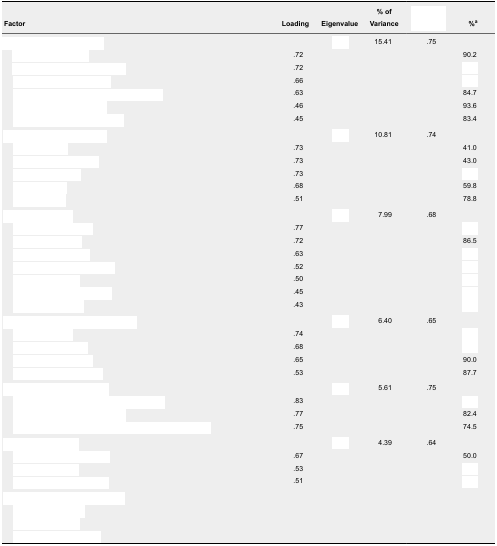
<table><thead><tr><td><b>Factor</b></td><td><b>Loading</b></td><td><b>Eigenvalue</b></td><td><b>% of Variance</b></td><td>[EMPTY_CELL]</td><td><b>%<sup>a</sup></b></td></tr></thead><tbody><tr><td>[EMPTY_CELL]</td><td>[EMPTY_CELL]</td><td>[EMPTY_CELL]</td><td>15.41</td><td>.75</td><td>[EMPTY_CELL]</td></tr><tr><td>[EMPTY_CELL]</td><td>.72</td><td>[EMPTY_CELL]</td><td>[EMPTY_CELL]</td><td>[EMPTY_CELL]</td><td>90.2</td></tr><tr><td>[EMPTY_CELL]</td><td>.72</td><td>[EMPTY_CELL]</td><td>[EMPTY_CELL]</td><td>[EMPTY_CELL]</td><td>[EMPTY_CELL]</td></tr><tr><td>[EMPTY_CELL]</td><td>.66</td><td>[EMPTY_CELL]</td><td>[EMPTY_CELL]</td><td>[EMPTY_CELL]</td><td>[EMPTY_CELL]</td></tr><tr><td>[EMPTY_CELL]</td><td>.63</td><td>[EMPTY_CELL]</td><td>[EMPTY_CELL]</td><td>[EMPTY_CELL]</td><td>84.7</td></tr><tr><td>[EMPTY_CELL]</td><td>.46</td><td>[EMPTY_CELL]</td><td>[EMPTY_CELL]</td><td>[EMPTY_CELL]</td><td>93.6</td></tr><tr><td>[EMPTY_CELL]</td><td>.45</td><td>[EMPTY_CELL]</td><td>[EMPTY_CELL]</td><td>[EMPTY_CELL]</td><td>83.4</td></tr><tr><td>[EMPTY_CELL]</td><td>[EMPTY_CELL]</td><td>[EMPTY_CELL]</td><td>10.81</td><td>.74</td><td>[EMPTY_CELL]</td></tr><tr><td>[EMPTY_CELL]</td><td>.73</td><td>[EMPTY_CELL]</td><td>[EMPTY_CELL]</td><td>[EMPTY_CELL]</td><td>41.0</td></tr><tr><td>[EMPTY_CELL]</td><td>.73</td><td>[EMPTY_CELL]</td><td>[EMPTY_CELL]</td><td>[EMPTY_CELL]</td><td>43.0</td></tr><tr><td>[EMPTY_CELL]</td><td>.73</td><td>[EMPTY_CELL]</td><td>[EMPTY_CELL]</td><td>[EMPTY_CELL]</td><td>[EMPTY_CELL]</td></tr><tr><td>[EMPTY_CELL]</td><td>.68</td><td>[EMPTY_CELL]</td><td>[EMPTY_CELL]</td><td>[EMPTY_CELL]</td><td>59.8</td></tr><tr><td>[EMPTY_CELL]</td><td>.51</td><td>[EMPTY_CELL]</td><td>[EMPTY_CELL]</td><td>[EMPTY_CELL]</td><td>78.8</td></tr><tr><td>[EMPTY_CELL]</td><td>[EMPTY_CELL]</td><td>[EMPTY_CELL]</td><td>7.99</td><td>.68</td><td>[EMPTY_CELL]</td></tr><tr><td>[EMPTY_CELL]</td><td>.77</td><td>[EMPTY_CELL]</td><td>[EMPTY_CELL]</td><td>[EMPTY_CELL]</td><td>[EMPTY_CELL]</td></tr><tr><td>[EMPTY_CELL]</td><td>.72</td><td>[EMPTY_CELL]</td><td>[EMPTY_CELL]</td><td>[EMPTY_CELL]</td><td>86.5</td></tr><tr><td>[EMPTY_CELL]</td><td>.63</td><td>[EMPTY_CELL]</td><td>[EMPTY_CELL]</td><td>[EMPTY_CELL]</td><td>[EMPTY_CELL]</td></tr><tr><td>[EMPTY_CELL]</td><td>.52</td><td>[EMPTY_CELL]</td><td>[EMPTY_CELL]</td><td>[EMPTY_CELL]</td><td>[EMPTY_CELL]</td></tr><tr><td>[EMPTY_CELL]</td><td>.50</td><td>[EMPTY_CELL]</td><td>[EMPTY_CELL]</td><td>[EMPTY_CELL]</td><td>[EMPTY_CELL]</td></tr><tr><td>[EMPTY_CELL]</td><td>.45</td><td>[EMPTY_CELL]</td><td>[EMPTY_CELL]</td><td>[EMPTY_CELL]</td><td>[EMPTY_CELL]</td></tr><tr><td>[EMPTY_CELL]</td><td>.43</td><td>[EMPTY_CELL]</td><td>[EMPTY_CELL]</td><td>[EMPTY_CELL]</td><td>[EMPTY_CELL]</td></tr><tr><td>[EMPTY_CELL]</td><td>[EMPTY_CELL]</td><td>[EMPTY_CELL]</td><td>6.40</td><td>.65</td><td>[EMPTY_CELL]</td></tr><tr><td>[EMPTY_CELL]</td><td>.74</td><td>[EMPTY_CELL]</td><td>[EMPTY_CELL]</td><td>[EMPTY_CELL]</td><td>[EMPTY_CELL]</td></tr><tr><td>[EMPTY_CELL]</td><td>.68</td><td>[EMPTY_CELL]</td><td>[EMPTY_CELL]</td><td>[EMPTY_CELL]</td><td>[EMPTY_CELL]</td></tr><tr><td>[EMPTY_CELL]</td><td>.65</td><td>[EMPTY_CELL]</td><td>[EMPTY_CELL]</td><td>[EMPTY_CELL]</td><td>90.0</td></tr><tr><td>[EMPTY_CELL]</td><td>.53</td><td>[EMPTY_CELL]</td><td>[EMPTY_CELL]</td><td>[EMPTY_CELL]</td><td>87.7</td></tr><tr><td>[EMPTY_CELL]</td><td>[EMPTY_CELL]</td><td>[EMPTY_CELL]</td><td>5.61</td><td>.75</td><td>[EMPTY_CELL]</td></tr><tr><td>[EMPTY_CELL]</td><td>.83</td><td>[EMPTY_CELL]</td><td>[EMPTY_CELL]</td><td>[EMPTY_CELL]</td><td>[EMPTY_CELL]</td></tr><tr><td>[EMPTY_CELL]</td><td>.77</td><td>[EMPTY_CELL]</td><td>[EMPTY_CELL]</td><td>[EMPTY_CELL]</td><td>82.4</td></tr><tr><td>[EMPTY_CELL]</td><td>.75</td><td>[EMPTY_CELL]</td><td>[EMPTY_CELL]</td><td>[EMPTY_CELL]</td><td>74.5</td></tr><tr><td>[EMPTY_CELL]</td><td>[EMPTY_CELL]</td><td>[EMPTY_CELL]</td><td>4.39</td><td>.64</td><td>[EMPTY_CELL]</td></tr><tr><td>[EMPTY_CELL]</td><td>.67</td><td>[EMPTY_CELL]</td><td>[EMPTY_CELL]</td><td>[EMPTY_CELL]</td><td>50.0</td></tr><tr><td>[EMPTY_CELL]</td><td>.53</td><td>[EMPTY_CELL]</td><td>[EMPTY_CELL]</td><td>[EMPTY_CELL]</td><td>[EMPTY_CELL]</td></tr><tr><td>[EMPTY_CELL]</td><td>.51</td><td>[EMPTY_CELL]</td><td>[EMPTY_CELL]</td><td>[EMPTY_CELL]</td><td>[EMPTY_CELL]</td></tr><tr><td>[EMPTY_CELL]</td><td>[EMPTY_CELL]</td><td>[EMPTY_CELL]</td><td>[EMPTY_CELL]</td><td>[EMPTY_CELL]</td><td>[EMPTY_CELL]</td></tr><tr><td>[EMPTY_CELL]</td><td>[EMPTY_CELL]</td><td>[EMPTY_CELL]</td><td>[EMPTY_CELL]</td><td>[EMPTY_CELL]</td><td>[EMPTY_CELL]</td></tr><tr><td>[EMPTY_CELL]</td><td>[EMPTY_CELL]</td><td>[EMPTY_CELL]</td><td>[EMPTY_CELL]</td><td>[EMPTY_CELL]</td><td>[EMPTY_CELL]</td></tr><tr><td>[EMPTY_CELL]</td><td>[EMPTY_CELL]</td><td>[EMPTY_CELL]</td><td>[EMPTY_CELL]</td><td>[EMPTY_CELL]</td><td>[EMPTY_CELL]</td></tr></tbody></table>